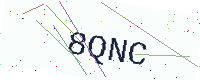
Text: 8QNC